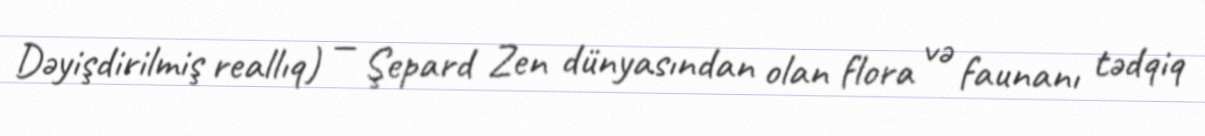
Dəyişdirilmiş reallıq) — Şepard Zen dünyasından olan flora və faunanı tədqiq